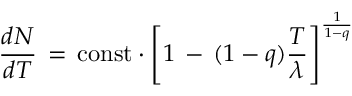
\frac { d N } { d T } \, = \, \mathrm { c o n s t } \cdot \left[ 1 \, - \, ( 1 - q ) \frac { T } { \lambda } \right] ^ { \frac { 1 } { 1 - q } }